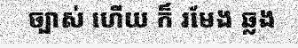
ច្បាស់ ហើយ ក៏ រមែង ឆ្លង